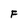
Character: F